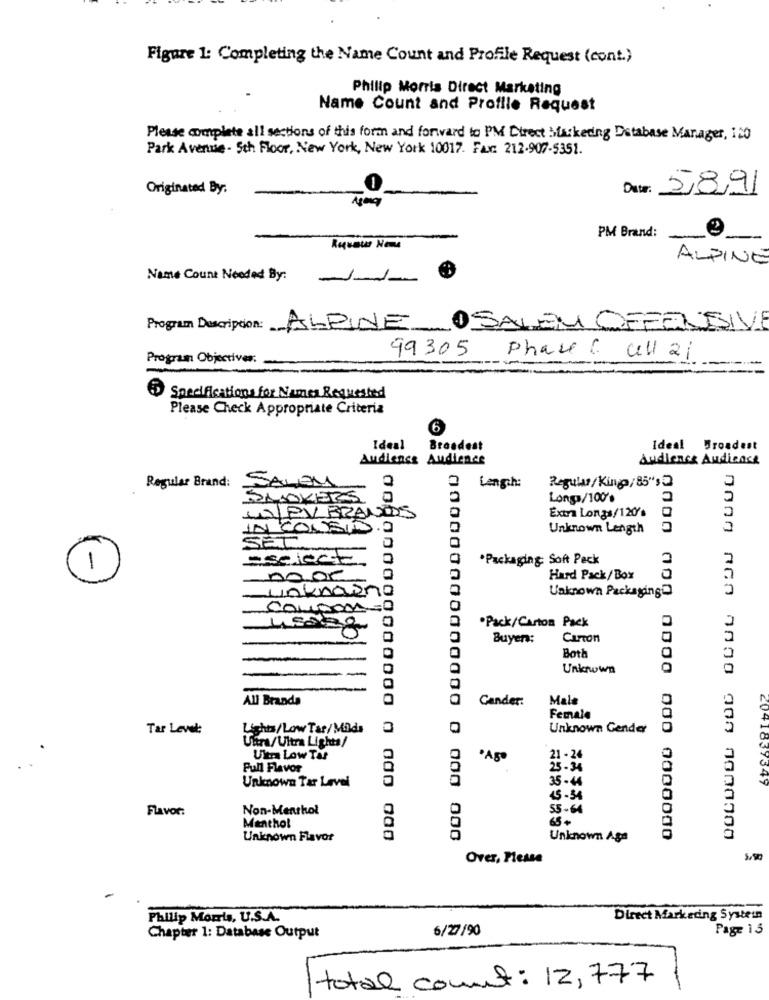
Figure 1: Completing the Name Count and Profile Request (cont.)
Philip Morris Direct Marketing
Name Count and Profile Request
Please complete all sections of this form and forward to PM Direct Marketing Database Manager, 120
Park Avenue - 5th Floor, New York, New York 10017. Fax: 212-907-5351.
Originated By:
Data: 5/8/9/
PM Brand:
-
ALPINE
Name Count Needed By:
---
Program Description: ALPINE OSALEM OFFENSIVE
99305
Program Objectives:
phare c Ull 21
5 Specifications for Names Requested
Please Check Appropriate Criteria
6
Ideal
Broadest
Ideal Broadest
Audience Audience
Audience Audicasa
Regular/ King/85"'s
Regular Brand: SALON
Lengh:
SMOKERS
Longa/100's
Extra Longs/120's
IN/PY BRANDS
IN CONSIDO
Unknown Length
SET
aselect
.Packaging Soft Peck
-
noor
Hard Pack/Box
Unknown Packaging
unknown
0000000 000 0000
.Pack/Carton Pack
Buyers:
Carton
Both
Unknown
All Brands
Cander:
Male
Female
Tar Level:
Lights/Low Tar/Milds
Unknown Gender
Uhra/Ultra Lights/
Ultra Low Tar
21 - 24
Pull Flavor
25- 34
Unknown Tar Level
35-44
2041839349
15.34
Flavor:
Non-Menthol
55-64
65+
Menthol
Unknown Flavor
0100000000000000 0 000 000
Unknown Aga
Over, Please
5,90
Philip Morris, U.S.A.
Direct Marketing Systein
6/27/90
Page 13
Chapter 1: Database Output
total count: 12, 777